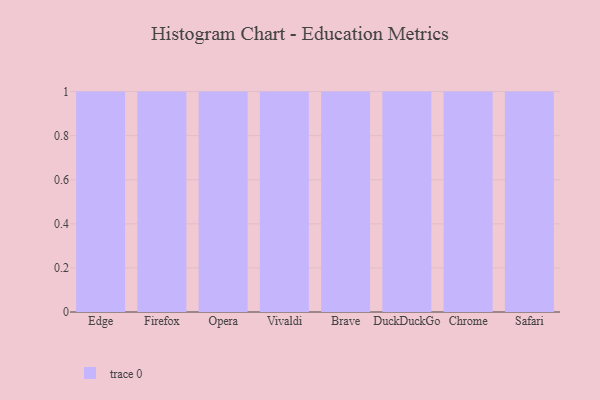
{"axis": {"x": "Browser", "y": "Bounce Rate (%)"}, "legend": [""], "data": [{"x": "Edge", "y": 34, "type": ""}, {"x": "Firefox", "y": 63, "type": ""}, {"x": "Opera", "y": 83, "type": ""}, {"x": "Vivaldi", "y": 30, "type": ""}, {"x": "Brave", "y": 43, "type": ""}, {"x": "DuckDuckGo", "y": 44, "type": ""}, {"x": "Chrome", "y": 7, "type": ""}, {"x": "Safari", "y": 83, "type": ""}]}